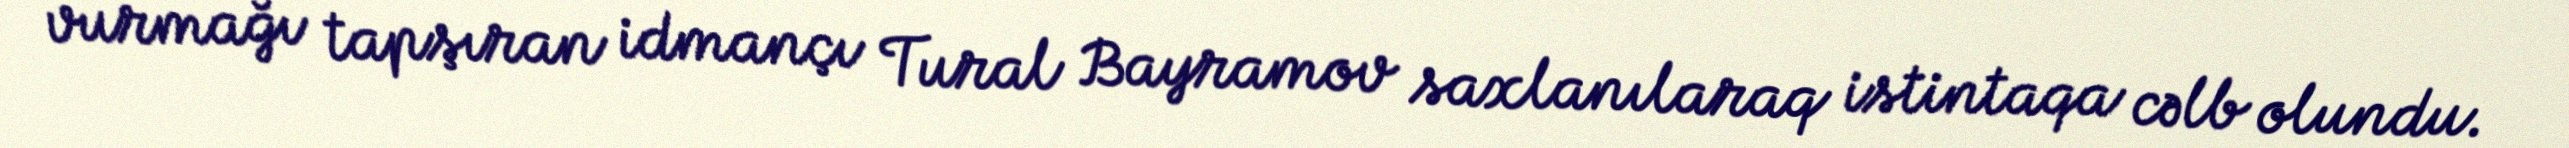
vurmağı tapşıran idmançı Tural Bayramov saxlanılaraq istintaqa cəlb olundu.